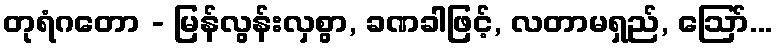
တုရံဂတော - မြန်လွန်းလှစွာ, ခဏခါဖြင့်, လတာမရှည်, ဩော်...